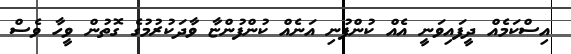
އިސްކަމެއް ދީފައިވަނީ އެއް ކުންފުނި އަނެއް ކުންފުންޏާ ވާދަކުރުމުގެ ގޮތުން ވީހާ ވެސް